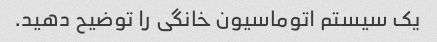
یک سیستم اتوماسیون خانگی را توضیح دهید.